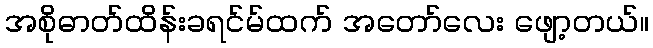
အစိုဓာတ်ထိန်းခရင်မ်ထက် အတော်လေး ဖျော့တယ်။